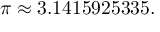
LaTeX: \pi \approx 3 . 1 4 1 5 9 2 5 3 3 5 .